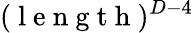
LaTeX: (\mathrm{~l~e~n~g~t~h~})^{D-4}